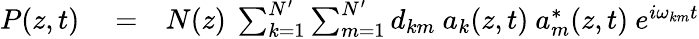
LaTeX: \begin{array}{rlr}{P(z,t)}&{{}=}&{N(z)\ \sum_{k=1}^{N^{\prime}}\sum_{m=1}^{N^{\prime}}d_{km}\ a_{k}(z,t)\ a_{m}^{*}(z,t)\ e^{i\omega_{km}t}}\end{array}